Subject: math
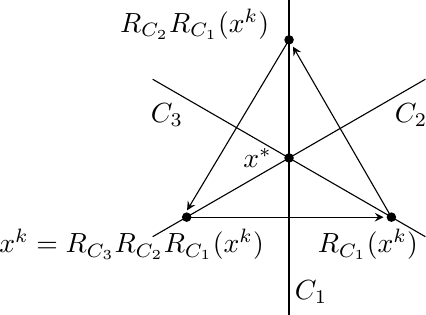
LaTeX code:
	\begin{tikzpicture}%[>=Stealth]
		\draw (0,2) -- (0,-2);
		\draw (-1.732,1) -- (1.732,-1);
		\draw (-1.732,-1) -- (1.732,1);

		\filldraw (0,0) circle [radius=1.5pt]
		(0,1.5) circle [radius=1.5pt]
		(-1.3,-0.7516) circle [radius=1.5pt]
		(1.3,-0.7516) circle [radius=1.5pt];

		\draw (-0.4,0) node {$x^*$}
		(-2,-1.1) node {$x^k=R_{C_3}R_{C_2}R_{C_1}(x^k)$}
		(1.0,-1.1) node {$R_{C_1}(x^k)$}
		(-1.2,1.7) node {$R_{C_2}R_{C_1}(x^k)$};
		\draw (0.28,-1.7) node {$C_1$}
		(1.55,0.55) node {$C_2$}
		(-1.55,0.55) node {$C_3$};

		\draw [-stealth] (0,1.5) -- (-1.295,-0.665);
		\draw [-stealth] (-1.3,-0.7516) -- (1.2,-0.7516);
		\draw [-stealth] (1.3,-0.7516) -- (0.05,1.4134);
	\end{tikzpicture}